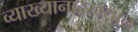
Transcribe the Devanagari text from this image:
व्याख्यानादरम्यान